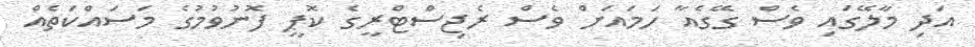
އަދި މާލޭގައި ވެސް ގޭގެއާ ހަމައަށް ވެސް ރެޖިސްޓްރީގެ ކޮޕީ ފޮނުވުމުގެ މަސައްކަތެއް